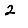
Digit: 2